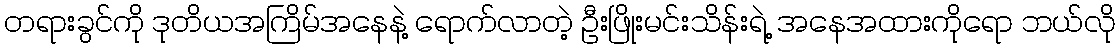
တရားခွင်ကို ဒုတိယအကြိမ်အနေနဲ့ ရောက်လာတဲ့ ဦးဖြိုးမင်းသိန်းရဲ့ အနေအထားကိုရော ဘယ်လို